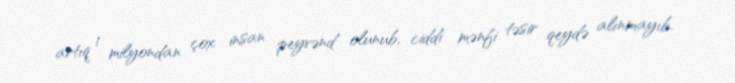
artıq 1 milyondan çox insan peyvənd olunub, ciddi mənfi təsir qeydə alınmayıb.